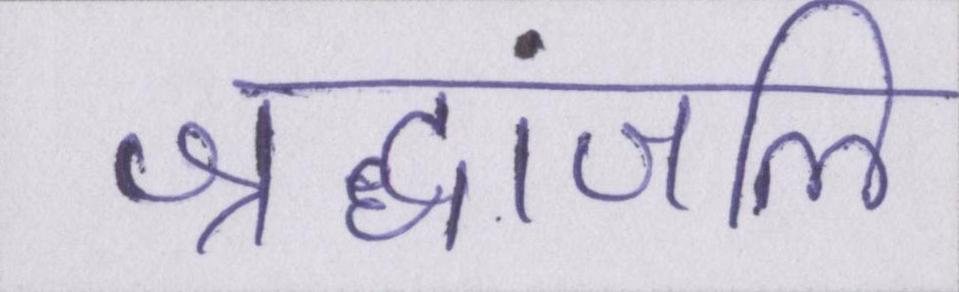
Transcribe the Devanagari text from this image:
श्रद्धांजलि